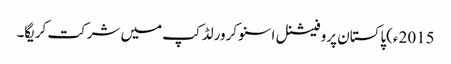
2015ء)پاکستان پروفیشنل اسنوکرورلڈکپ میں شرکت کریگا۔